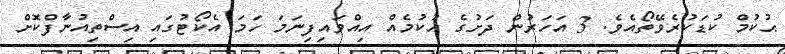
ޙުކުމް ކުޑަކުރެވޭތޯއެވެ. 3 އަަހަރުން ދަށުގެ ޙުކުމެއް އިއްވައިފިނަމަ ހަމަ އެކޯޓުގައި އިސްތިއުނާފްކޮށް